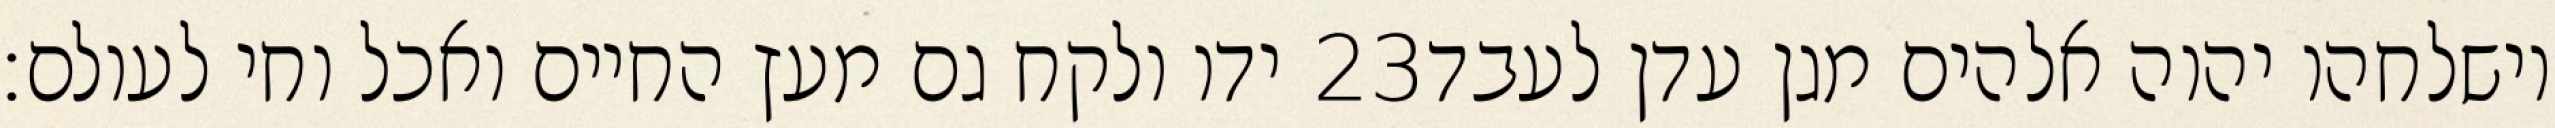
ידו ולקח גם מעץ החיים ואכל וחי לעולם׃ ‎23‏ וישלחהו יהוה אלהים מגן עדן לעבד